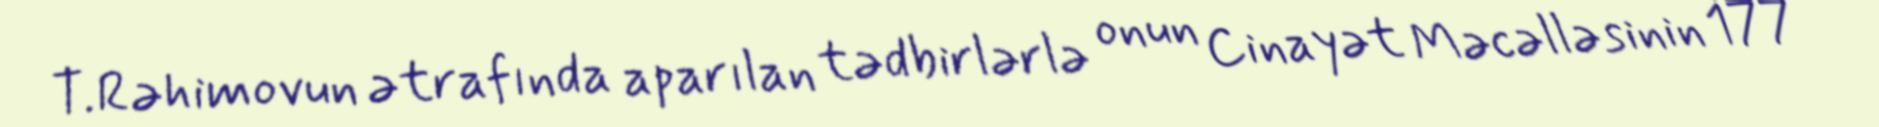
T.Rəhimovun ətrafında aparılan tədbirlərlə onun Cinayət Məcəlləsinin 177